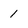
Character: 1